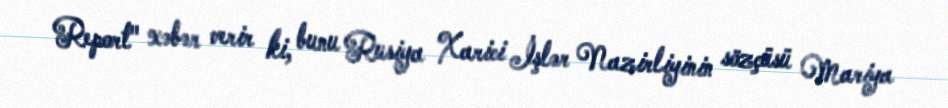
Report" xəbər verir ki, bunu Rusiya Xarici İşlər Nazirliyinin sözçüsü Mariya